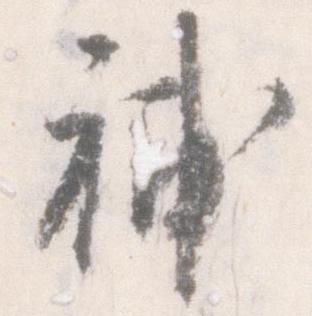
補